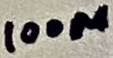
Text: 100µ